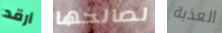
أرقد لصالحها العذبة